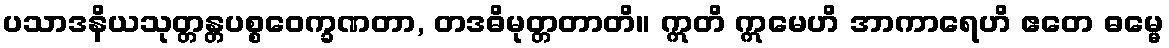
ပသာဒနိယသုတ္တန္တပစ္စဝေက္ခဏတာ, တဒဓိမုတ္တတာတိ။ ဣတိ ဣမေဟိ အာကာရေဟိ ဧတေ ဓမ္မေ